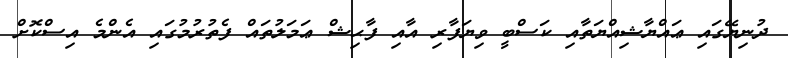
ދުނިޔޭގައި ޢައްޔާޝިއްޔަތާއި ކަސްބީ ވިޔަފާރި އާއި ފާޙިޝް ޢަމަލުތައް ފެތުރުމުގައި އެންމެ އިސްކޮށް